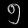
Digit: ၅